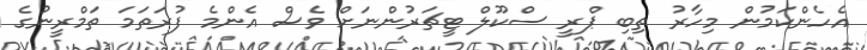
އެހެންކަމުން މިހާރު ތިބި ޕްރީ ސްކޫލް ޓީޗަރުންނަށް ވެސް އެންމެ ފުރަތަމަ ތަމްރީނުގެ